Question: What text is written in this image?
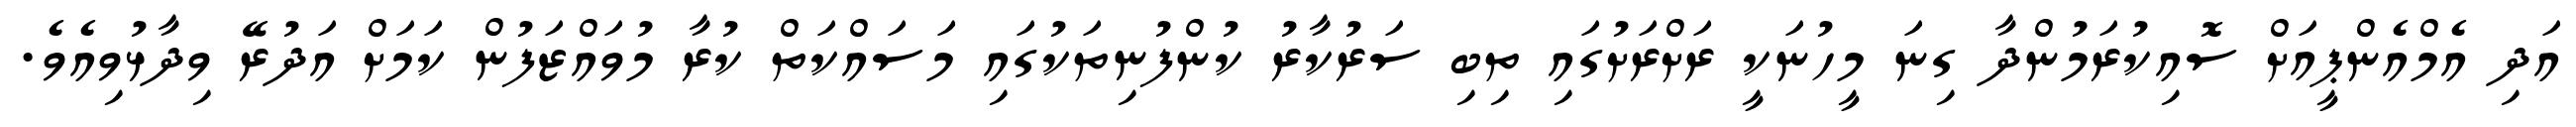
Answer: އަދި އެމްއެންޕީއަށް ސޮއިކުރަމުންދާ ގިނަ މީހުނަކީ ރަށްރަށުގައި ތިބި ސަރުކާރު ކުންފުނިތަކުގައި މަސައްކަތް ކުރާ މުވައްޒަފުން ކަމަށް އަދުރޭ ވިދާޅުވިއެވެ.